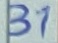
Text: 31